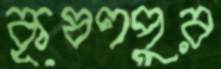
কৃষণপুর